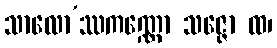
သာလော’ဿကဏ္ဏော သဇ္ဇော ထ၊